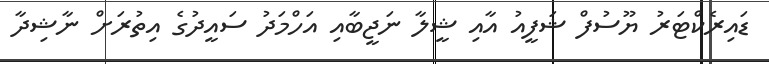
ޑައިރެކްޓަރު ޔޫސުފް ޝަފީއު އާއި ޝީލާ ނަޖީބާއި އަހްމަދު ސައީދުގެ އިތުރަށް ނާޝިދާ